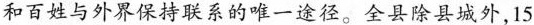
和百姓与外界保持联系的唯一途径。全县除县城外，15